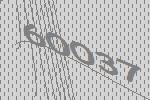
60037